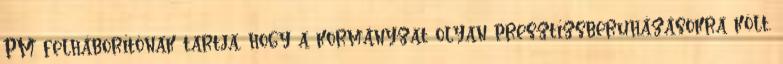
PM felháborítónak tartja, hogy a kormányzat olyan presztízsberuházásokra költ,